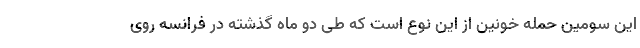
این سومین حمله خونین از این نوع است که طی دو ماه گذشته در فرانسه روی